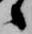
候